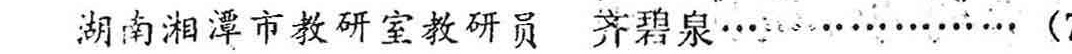
湖南湘潭市教研室教研员 齐碧泉……（